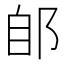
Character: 郋